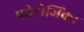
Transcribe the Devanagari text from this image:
फोटोजिंको